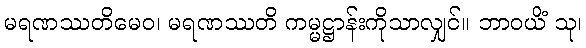
မရဏဿတိမေဝ၊ မရဏဿတိ ကမ္မဋ္ဌာန်းကိုသာလျှင်။ ဘာဝယိံ သု၊